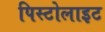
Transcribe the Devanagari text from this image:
पिस्टोलाइट